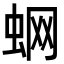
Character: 蛧